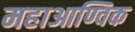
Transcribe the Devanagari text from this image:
महाआण्विक